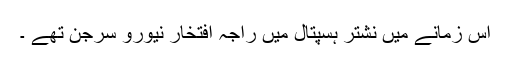
اس زمانے میں نشتر ہسپتال میں راجہ افتخار نیورو سرجن تھے ۔